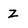
Character: z